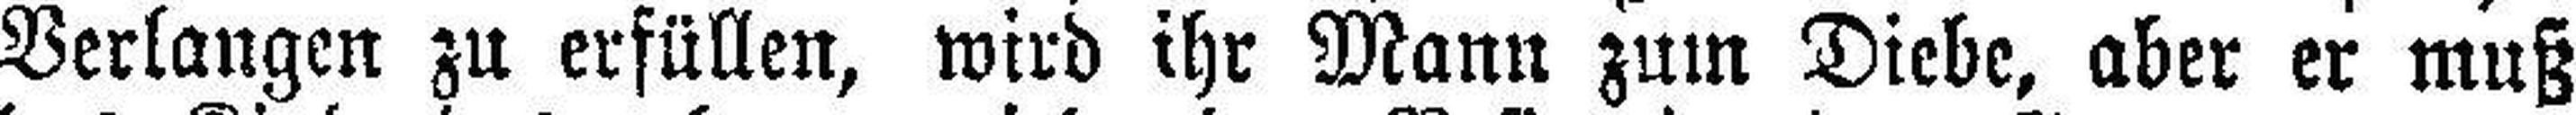
Verlangen zu erfüllen, wird ihr Mann zum Diebe, aber er muß